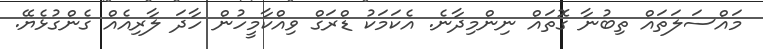
މައްސަލަތައް ތިބުނާ ގޮތައް ނިންމިދާނެ. އެކަމަކު ޑްރަގް ވިއްކާމީހުން ހާދަ ލާރިއެއް ގެންގުޅެޔޭ.